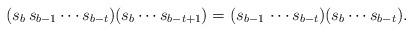
LaTeX: \begin{align*}(s_b\, s_{b-1} \cdots s_{b-t})(s_b \cdots s_{b-t+1})=(s_{b-1}\, \cdots s_{b-t})(s_b \cdots s_{b-t}).\end{align*}